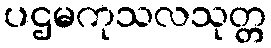
ပဌမကုသလသုတ္တ